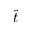
\hat { t }